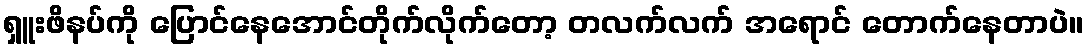
ရှူးဖိနပ်ကို ပြောင်နေအောင်တိုက်လိုက်တော့ တလက်လက် အရောင် တောက်နေတာပဲ။